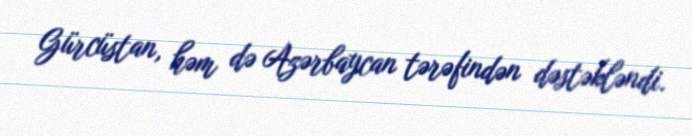
Gürcüstan, həm də Azərbaycan tərəfindən dəstəkləndi.